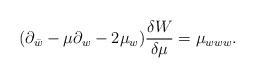
LaTeX: \begin{align*}(\partial_{\bar{w}}-\mu\partial_w-2\mu_w){\delta W\over\delta\mu}=\mu_{www}.\end{align*}